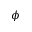
\phi